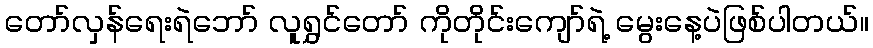
တော်လှန်ရေးရဲဘော် လူရွှင်တော် ကိုတိုင်းကျော်ရဲ့ မွေးနေ့ပဲဖြစ်ပါတယ်။